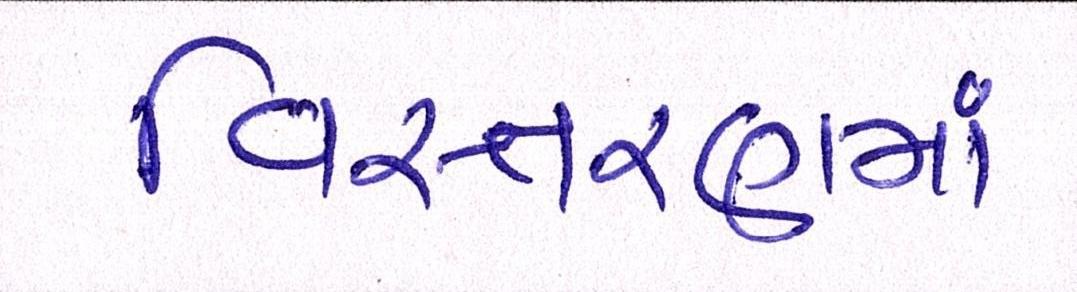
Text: વિસ્તરણમાં